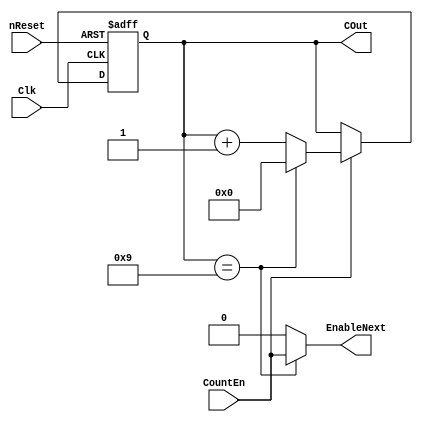
module Counter4b(nReset,Clk,CountEn,COut,EnableNext);
input Clk,CountEn,nReset;
output EnableNext;
output reg [3:0]COut;

always @(posedge Clk or negedge nReset)
	begin
		if(nReset == 1'b0)
			COut[3:0] <= 4'd0;
		else
			if(CountEn == 1'b1)
				if(COut[3:0] == 4'd9)
					COut[3:0] <= 4'b0;
				else
					COut[3:0] <= COut[3:0] + 4'd1;
	end 

assign EnableNext =(COut[3:0] == 4'd9)? (1'b1&CountEn) : (1'b0&CountEn);

endmodule